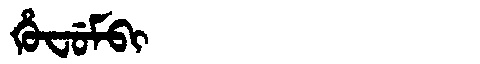
Manchu: ᡥᡠᠸᡠᠮᠪᡳ
Romanization: HUFUMBI